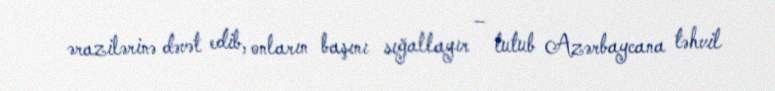
ərazilərinə dəvət edib, onların başını sığallayır – tutub Azərbaycana təhvil